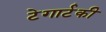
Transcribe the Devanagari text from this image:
टेगार्टकी